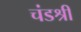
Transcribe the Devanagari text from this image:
चंडश्री